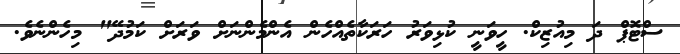
ސްޓޮޕް ދަ މިއުޒިކް. ހީވަނީ ކުޅިވަރު ހަރަކާތެއްހެން އެންމެންނަށް ވަރަށް ކަމުދޭ" މިހެންނެވެ.